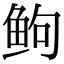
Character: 𬶋